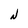
Character: N